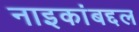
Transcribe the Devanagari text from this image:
नाइकांबद्दल